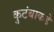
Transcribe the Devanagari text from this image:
कुटंबाकडे